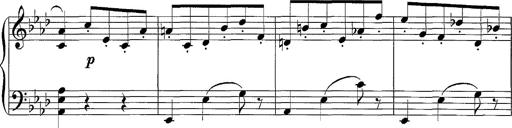
Title: LÃ¤ndler in A flat major
Composer: Franz Liszt
Key: A-flat major